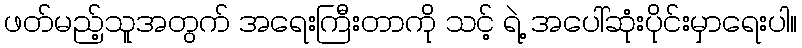
ဖတ်မည့်သူအတွက် အရေးကြီးတာကို သင့် ရဲ့ အပေါ်ဆုံးပိုင်းမှာရေးပါ။